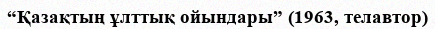
“Қазақтың ұлттық ойындары” (1963, телавтор)